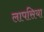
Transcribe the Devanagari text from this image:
लापसिया